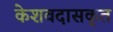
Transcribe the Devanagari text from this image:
केशवदासकृत